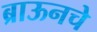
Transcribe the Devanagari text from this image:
ब्राऊनचेेे